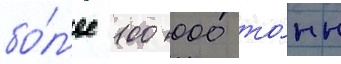
бо́л'ее 100 000 то́нн